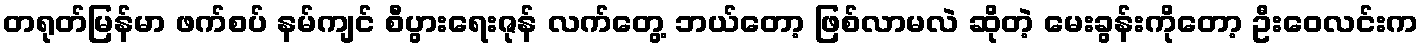
တရုတ်မြန်မာ ဖက်စပ် နမ်ကျင် စီပွားရေးဇုန် လက်တွေ့ ဘယ်တော့ ဖြစ်လာမလဲ ဆိုတဲ့ မေးခွန်းကိုတော့ ဦးဝေလင်းက